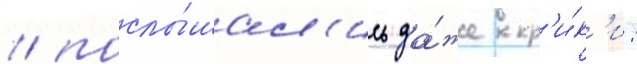
/ послы́шал'ись да́же кр'и́к'и: